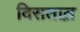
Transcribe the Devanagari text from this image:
दिसतात़